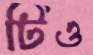
টিও